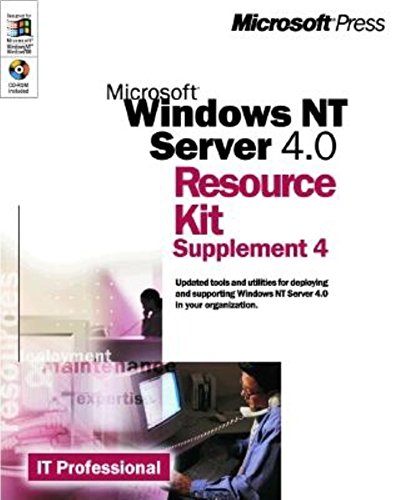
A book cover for Microsoft Windows NT Server 4.0 Resource Kit Supplement 4 (It-Resource Kit); Microsoft Press; Computers & Technology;